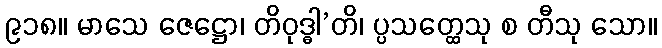
၉၁၈။ မာသေ ဇေဋ္ဌော၊ တိဝုဒ္ဓါ’တိ၊ ပ္ပသတ္ထေသု စ တီသု သော။